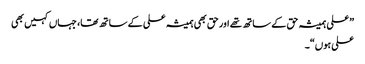
”علی ہمیشہ حق کے ساتھ تھے اور حق بھی ہمیشہ علی کے ساتھ تھا، جہاں کہیں بھی
علی ہوں“۔